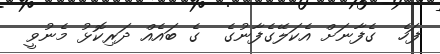
ފަހެ  ގެފާނަށް އެކަލޭގެފާނުގެ  ގެ ބައެއް ދަރިކޮޅު މެނުވީ